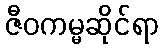
ဇီဝကမ္မဆိုင်ရာ